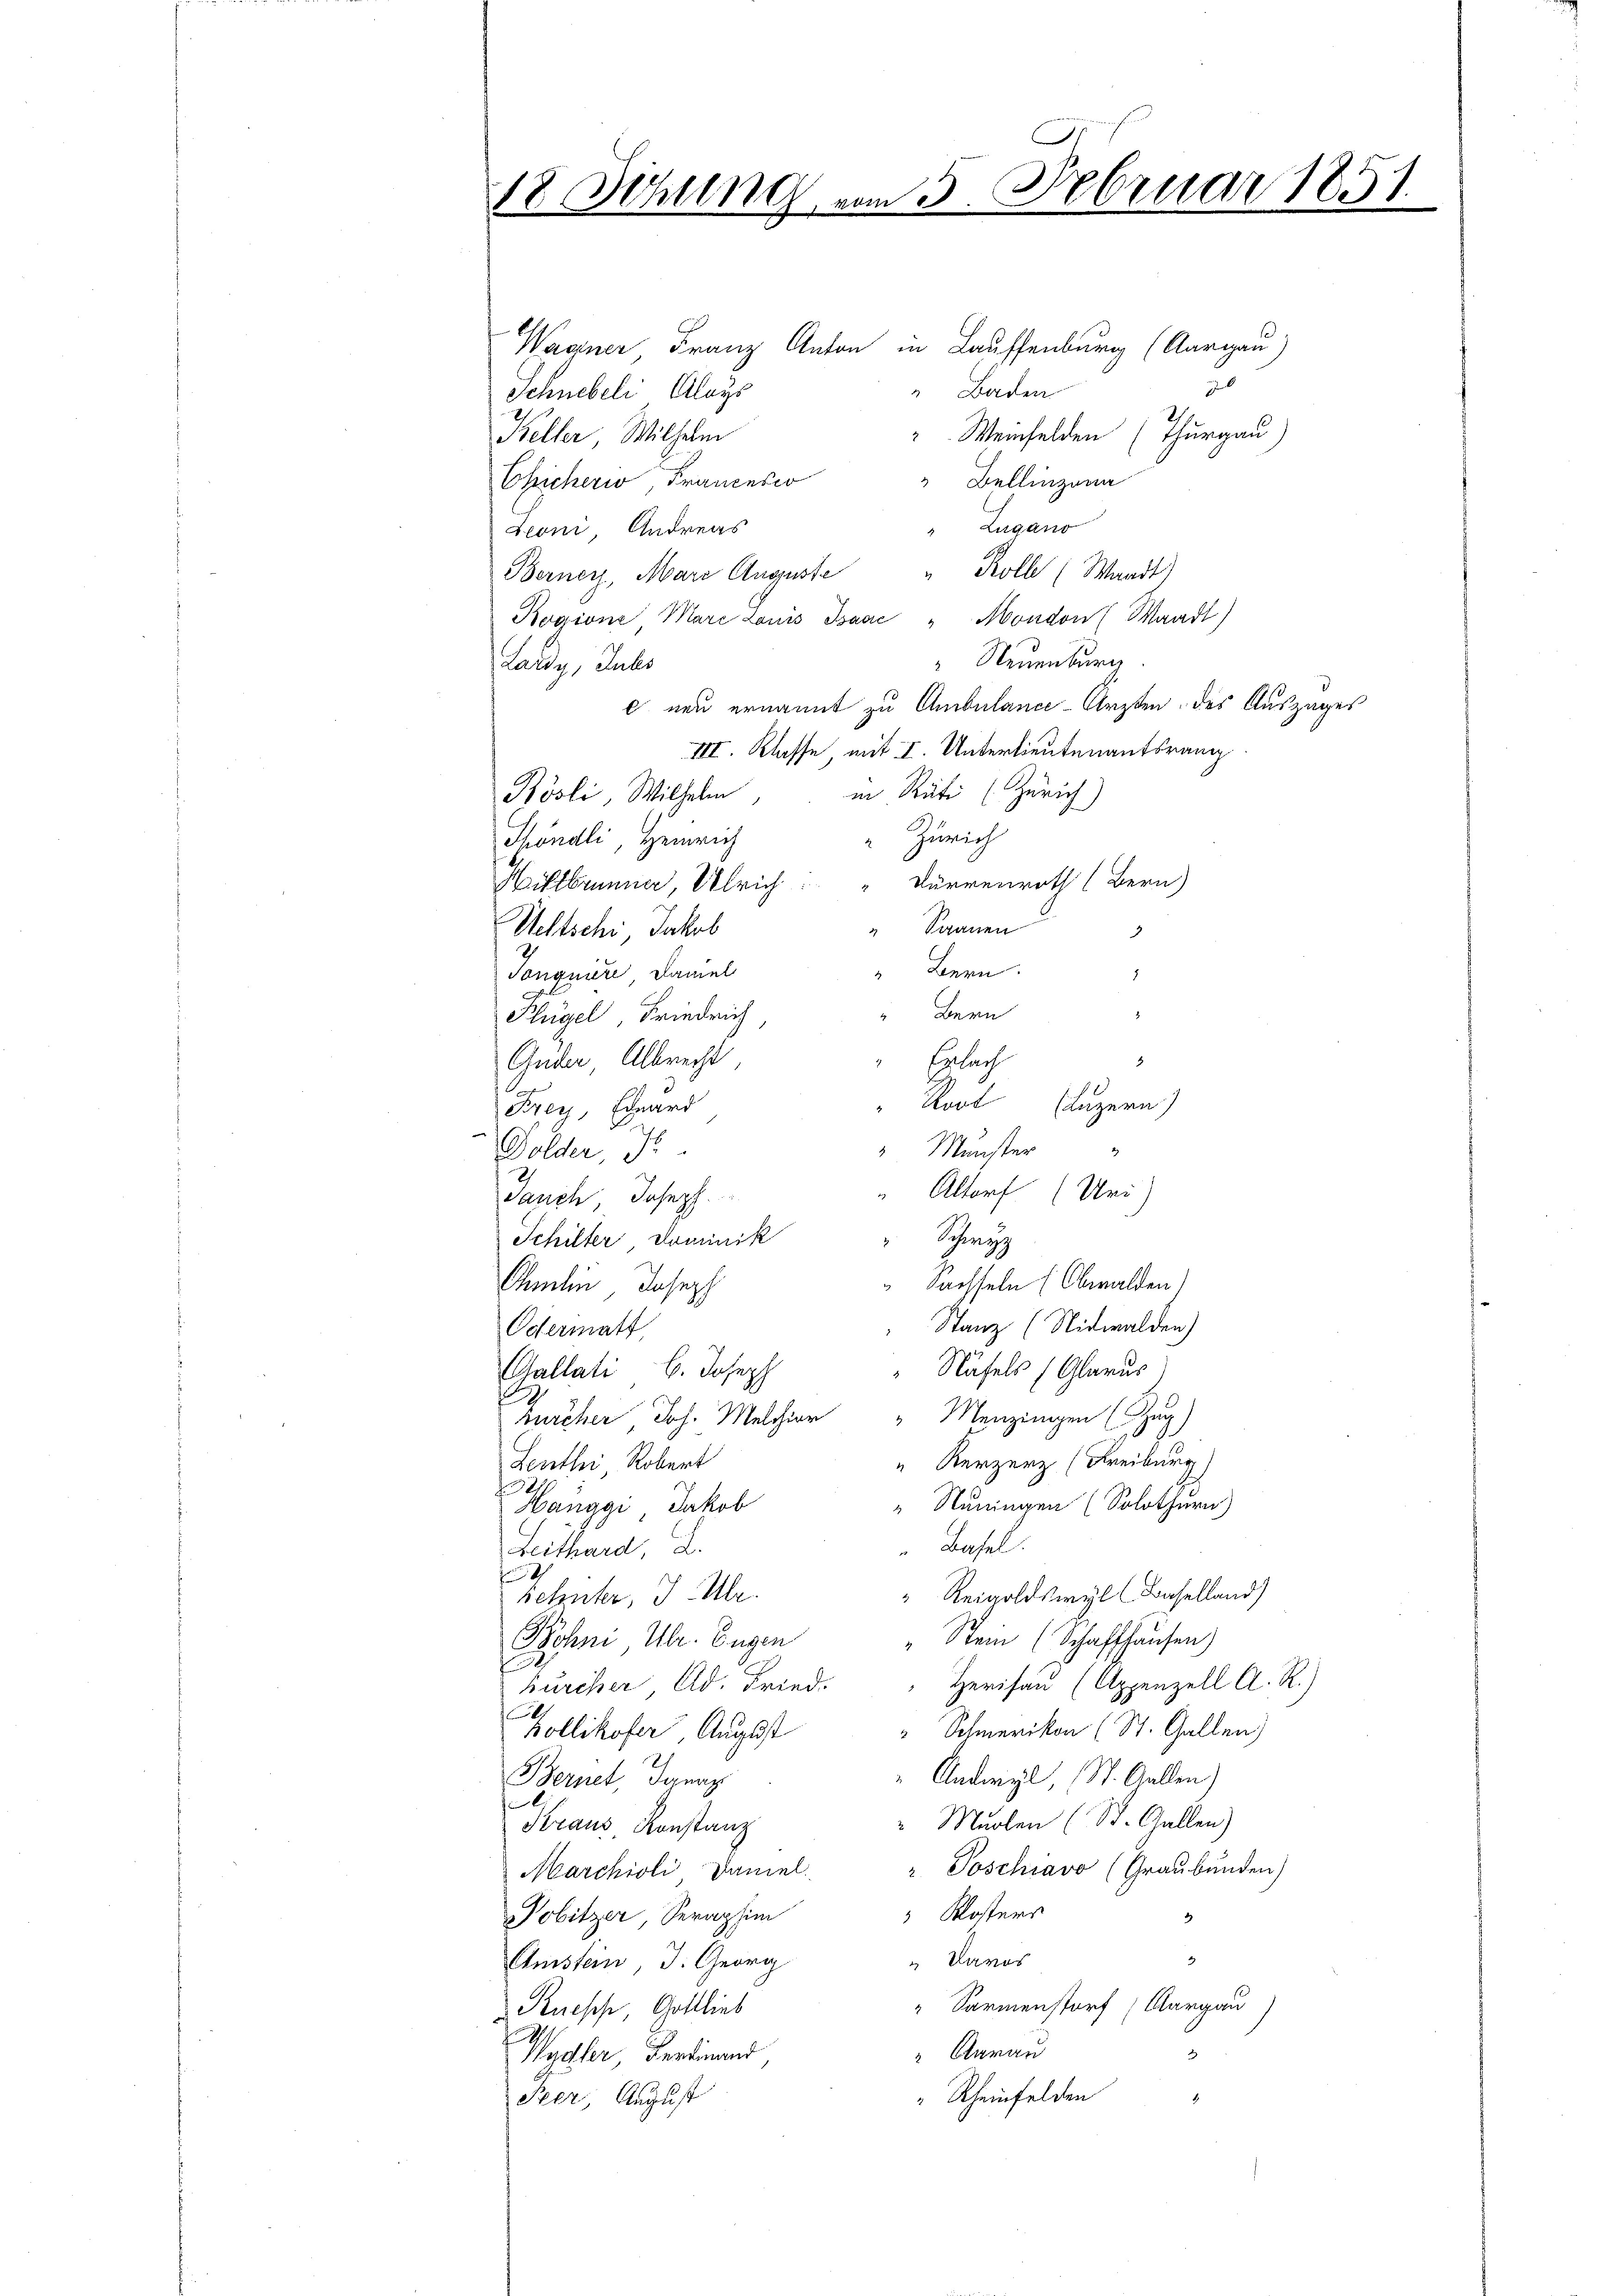
18 Sitzung vom 5. Februar 1851.

Wagner Franz Anton in Lauffenburg (Aargau)
76
" Baden
Schnebeli, Aloys
Weinfelden (Thurgau)
Keller, Wilhelm
Chicheri, Francesco
" Bellinzona
Lugano
Leoni, Andreas
.
Rolle (Waadt)
Berner, Mari Auguste
Rogione Mare Louis Isaac "Mondon Waadt)
 Neuenburg
Lardy, Intes
e neu ernannt zu Ambulance-Ärzten des Auszuges
III. Klasse mit I. Unterlieutenantsrang
in Rüti (Zürich)
Pösli, Wilhelm
Zürich
Thöndli, Heinrich
Dürrenroth (Bern)
Wiltbrunner, Ulrich
 Saanen
Uettschi, Jakob
3
Bern
Tongniere Daniel
.
Bern
Flügel, Friedrich
Guder Albrecht,
Egfach
.
Root (Luzern)
Frey, Eduard
" Menster
Dolder J
Altorf (Uri)
Jauch, Joseph.
Schiller Dominik " Schwyz
Sachseln (Obwalden)
Chmelin Joseph
Stanz (Nidwalden)
Odermatt
Näfels (Glarus
Gallati 6. Joseph
mächer Joh. Melchior " Menzingen (Zug)
" Kerzer (Freiburg)
Seuthei Robert
“ Neuingen (Solothurn)
Hänggi, Jakob
Basel.
Leithard L.
Reigoldswyl (Baselland)
Zehnter, J. Mr.
"Stein (Schaffhausen)
Röhni Ulr. Eugen
Herisau (Appenzell A. R.)
burcher Ad. Fried.
Zollikofer, August
" Schmerikon (St. Gallen)
Andrey St. Gallen)
Bernet Ignaz
leine
"Muolen (St. Gallen)
Kraus Konstanz
Marchioli Daniel " Poschiavo (Graubünden)
 Klosters
2
Pobitzer, Seraphim
2
" Davos
Amstein, d. Georg
" Sarmenstorf (Aargau
Ruesche, Gottlieb
Aarau
s
Wadler, Ferdinand
" Rheinfelden
Peer, August